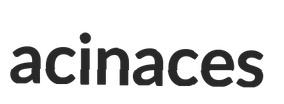
acinaces